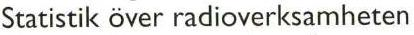
Statistik över radioverksamheten